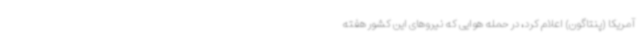
آمریکا (پنتاگون) اعلام کرد، در حمله هوایی که نیروهای این کشور هفته